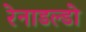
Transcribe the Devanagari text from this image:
रेनाडल्डो